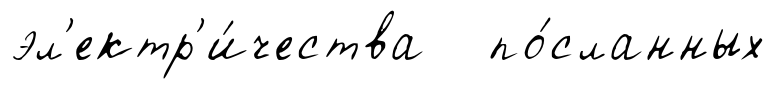
эл'ектр'и́чества по́сланных